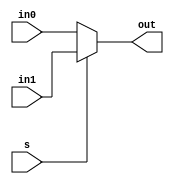
module Mux (in0 , in1, s, out );
  input [31:0] in0; 
  input [31:0] in1;
  input s;
  output [31:0]out;
  
    assign out = (s == 0 ) ? in0 : in1;
    
 endmodule